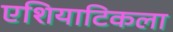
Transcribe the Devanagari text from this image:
एशियाटिकला